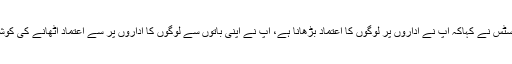
چیف جسٹس نے کہاکہ آپ نے اداروں پر لوگوں کا اعتماد بڑھانا ہے، آپ نے اپنی باتوں سے لوگوں کا اداروں پر سے اعتماد اٹھانے کی کوشش کی۔